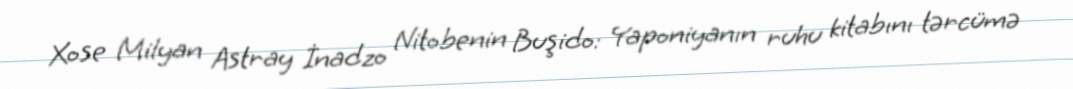
Xose Milyan Astray İnadzo Nitobenin Buşido: Yaponiyanın ruhu kitabını tərcümə